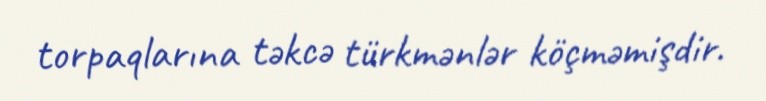
torpaqlarına təkcə türkmənlər köçməmişdir.